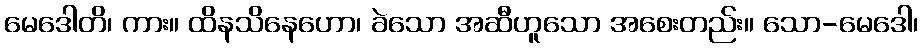
မေဒေါတိ၊ ကား။ ထိနသိနေဟော၊ ခဲသော အဆီဟူသော အစေးတည်း။ သော-မေဒေါ၊